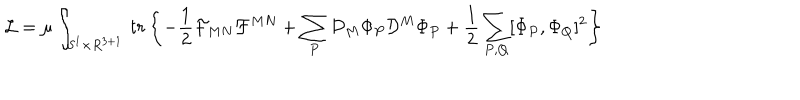
LaTeX: { \cal L } = \mu \int _ { S ^ { 1 } \times R ^ { 3 + 1 } } \, t r \left\{ - \frac { 1 } { 2 } { \cal F } _ { M N } { \cal F } ^ { M N } + \sum _ { P } { \cal D } _ { M } \Phi _ { P } { \cal D } ^ { M } \Phi _ { P } + \frac { 1 } { 2 } \sum _ { P , Q } [ \Phi _ { P } , \Phi _ { Q } ] ^ { 2 } \right\}